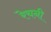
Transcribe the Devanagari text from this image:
रेचनी